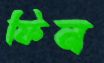
ফিন